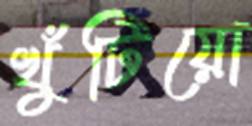
খুঁটিয়ো